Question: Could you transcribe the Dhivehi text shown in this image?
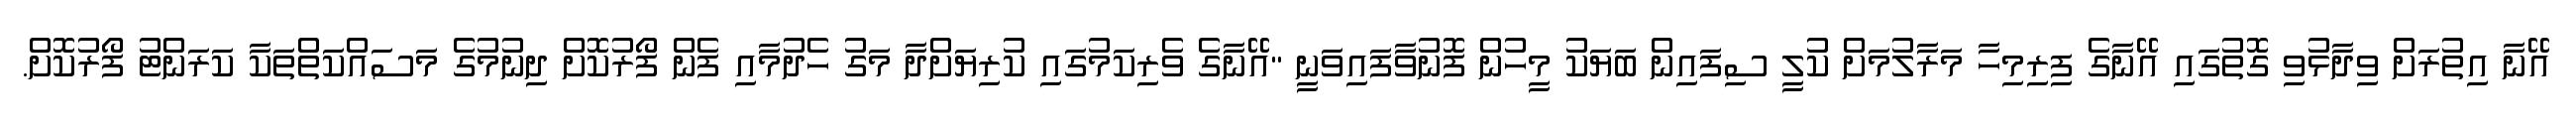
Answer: އޭނާ އިތުރަށް ވިދާޅުވި ގޮތުގައި އޭނާގެ ފިރިމިހާ މަރާލުމަށް ކުލީ ސިފައިން ބަޔަކު މީހުން ފޮނުވާފައިވަނީ "އޭނާގެ ވެރިކަމުގައި ކުރިޔަށްދާ މަގު ހެދުމާއި ފެން ފޯރުކޮށް ދިނުމުގެ މަސައްކަތްތަކާ ކަރަންޓު ފޯރުކޮށް.